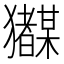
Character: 𭸲